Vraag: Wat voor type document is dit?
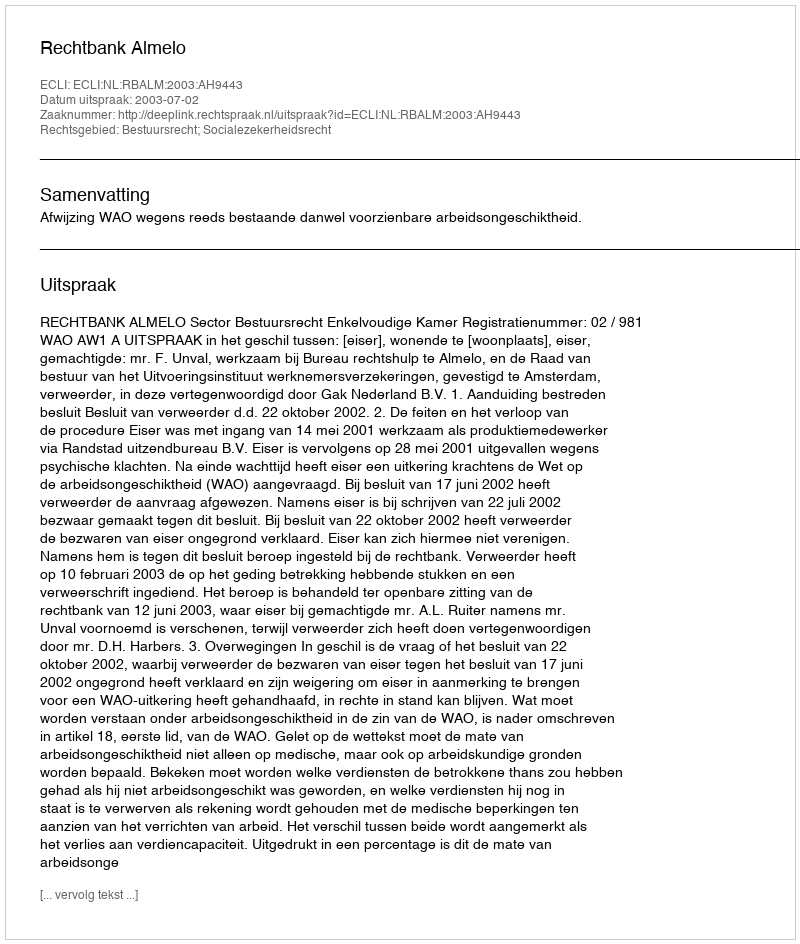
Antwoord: Uitspraak